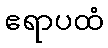
ဧရာပထံ